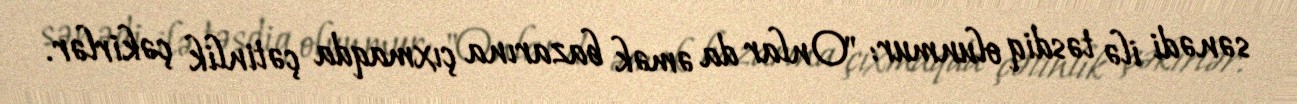
sənədi ilə təsdiq olunmur: "Onlar da əmək bazarına çıxmaqda çətinlik çəkirlər.